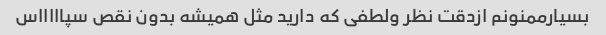
بسیارممنونم ازدقت نظر ولطفی که دارید مثل همیشه بدون نقص سپاااااس